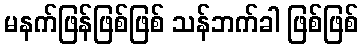
မနက်ဖြန်ဖြစ်ဖြစ် သန်ဘက်ခါ ဖြစ်ဖြစ်